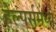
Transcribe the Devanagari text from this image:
हेल्पर्समध्ये